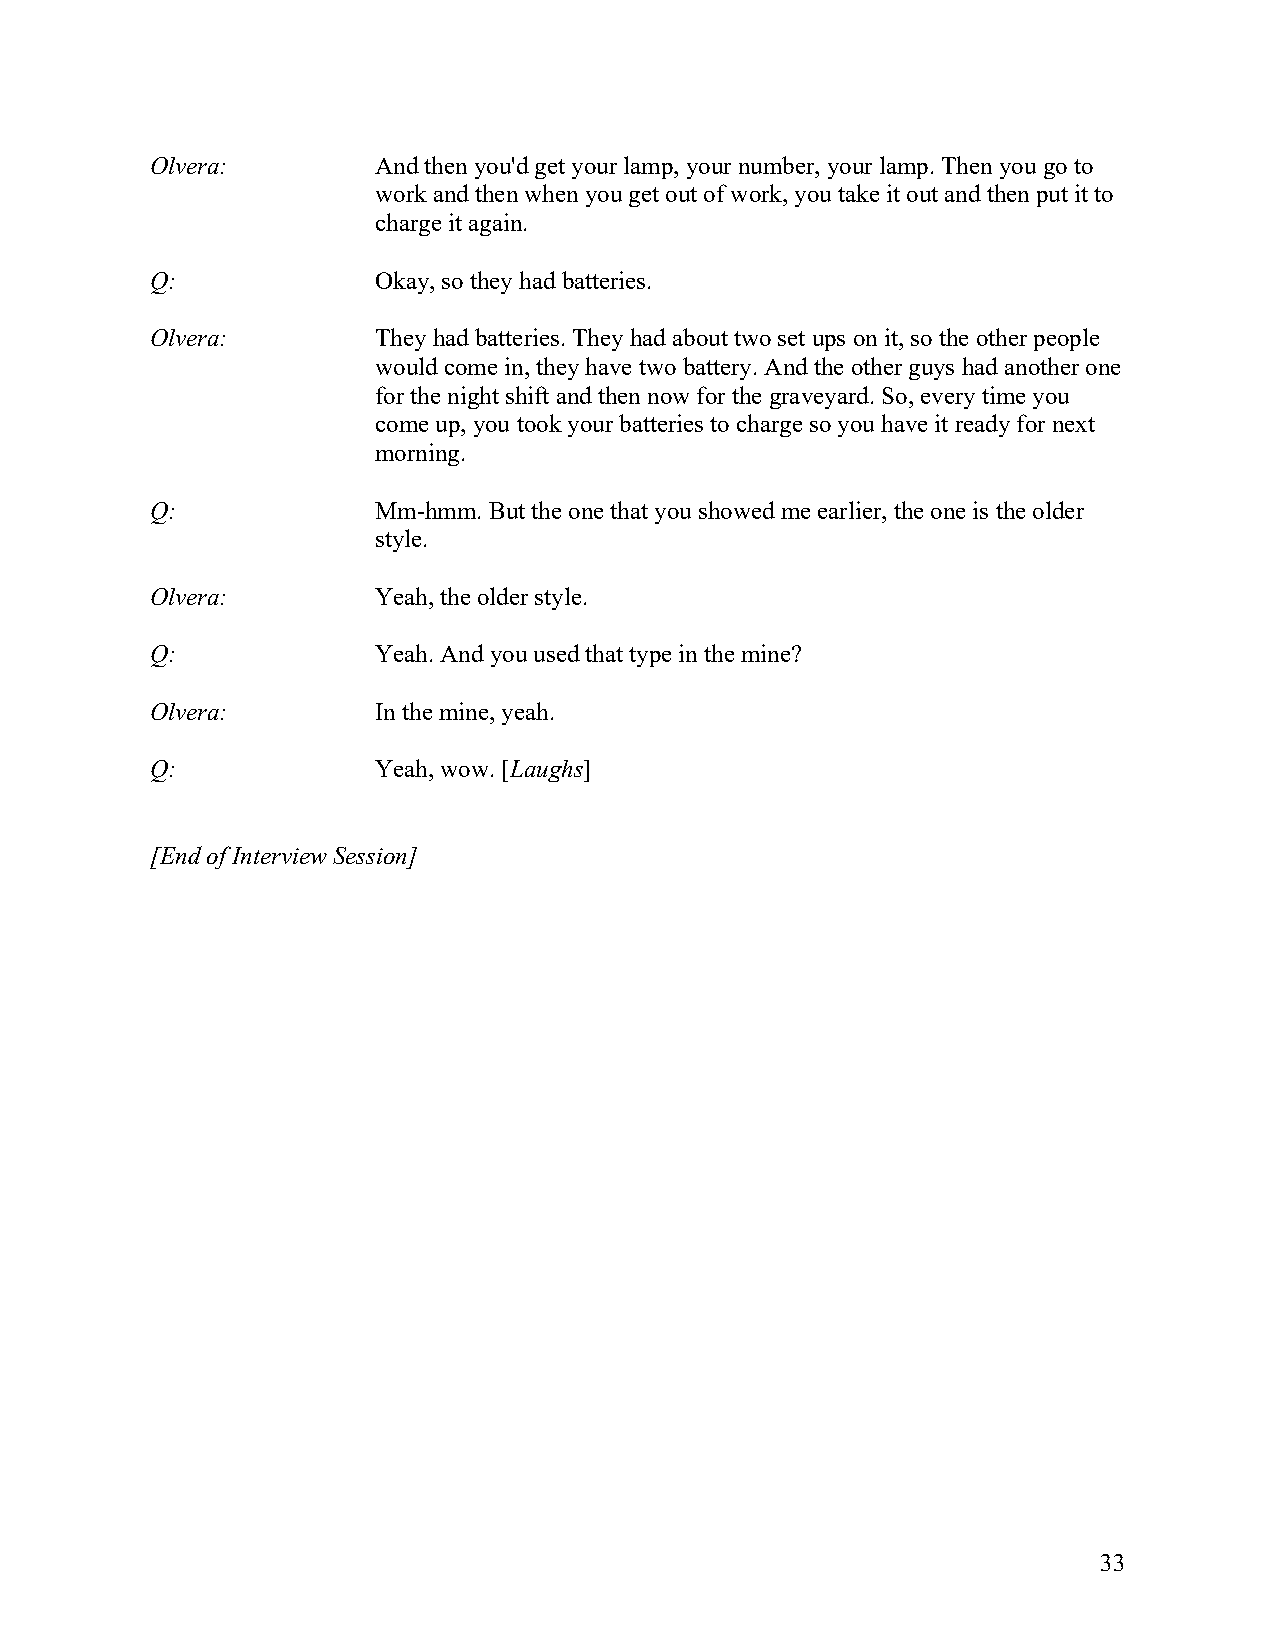
Olvera:        And then you'd get your lamp, your number, your lamp. Then you go to
 work and then when you get out of work, you take it out and then put it to
 charge it again.
 Q:             Okay, so they had batteries.
 Olvera:        They had batteries. They had about two set ups on it, so the other people
 would come in, they have two battery. And the other guys had another one
 for the night shift and then now for the graveyard. So, every time you
 come up, you took your batteries to charge so you have it ready for next
 morning.
 Q:             Mm-hmm. But the one that you showed me earlier, the one is the older
 style.
 Olvera:        Yeah, the older style.
 Q:             Yeah. And you used that type in the mine?
 Olvera:        In the mine, yeah.
 Q:             Yeah, wow. [Laughs]
 [End of Interview Session]
 33